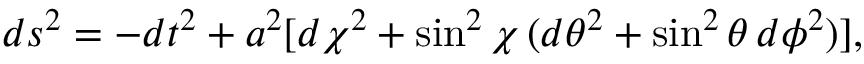
d s ^ { 2 } = - d t ^ { 2 } + a ^ { 2 } [ d \chi ^ { 2 } + \sin ^ { 2 } \chi \, ( d \theta ^ { 2 } + \sin ^ { 2 } \theta \, d \phi ^ { 2 } ) ] ,